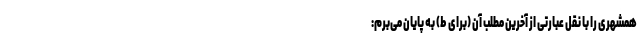
همشهری را با نقل عبارتی از آخرین مطلب آن (برای طُ) به پایان می‌برم: